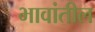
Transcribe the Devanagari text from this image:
भावांतील